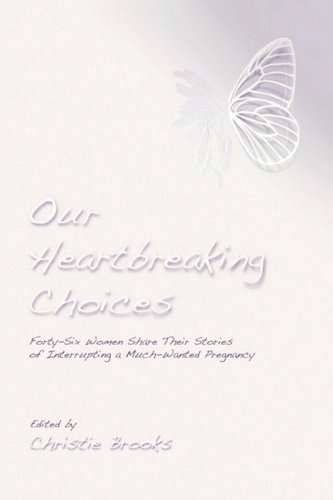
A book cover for Our Heartbreaking Choices: Forty-Six Women Share Their Stories of Interrupting a Much-Wanted Pregnancy; Christie Brooks; Politics & Social Sciences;